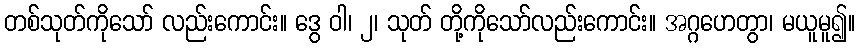
တစ်သုတ်ကိုသော် လည်းကောင်း။ ဒွေ ဝါ၊ ၂၊ သုတ် တို့ကိုသော်လည်းကောင်း။ အဂ္ဂဟေတွာ၊ မယူမူ၍။